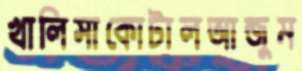
খালিসাকোটালআন্জুম